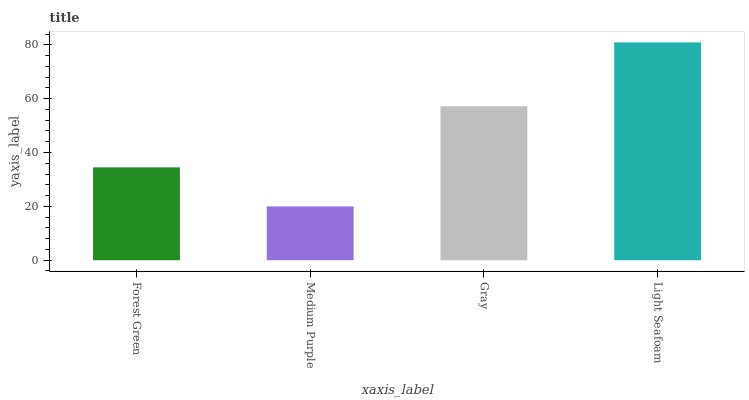
| xaxis_label | bars |
 | --- | --- |
 | Forest Green | 34.5 |
 | Medium Purple | 20 |
 | Gray | 57.2 |
 | Light Seafoam | 80.9 |